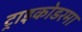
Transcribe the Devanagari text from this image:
ट्राइकोडरमा